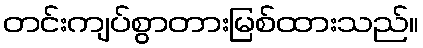
တင်းကျပ်စွာတားမြစ်ထားသည်။